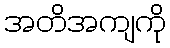
အတိအကျကို